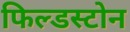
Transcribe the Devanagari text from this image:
फिल्डस्टोन